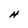
Character: H